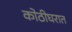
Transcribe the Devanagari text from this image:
कोठीघरात